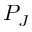
P _ { J }